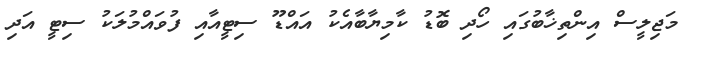
މަޖިލީސް އިންތިޚާބުގައި ހޯދި ބޮޑު ކާމިޔާބާއެކު އައްޑޫ ސިޓީއާއި ފުވައްމުލަކު ސިޓީ އަދި